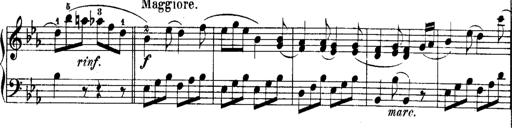
Title: Rondos and Sonatinas for Pianoforte
Composer: Daniel Steibelt